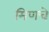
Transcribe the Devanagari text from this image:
मिणचे